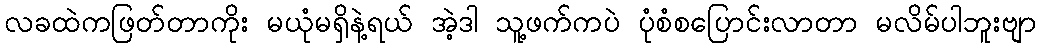
လခထဲကဖြတ်တာကိုး မယုံမရှိနဲ့ရယ် အဲ့ဒါ သူ့ဖက်ကပဲ ပုံစံစပြောင်းလာတာ မလိမ်ပါဘူးဗျာ